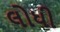
લોધી